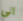
الى